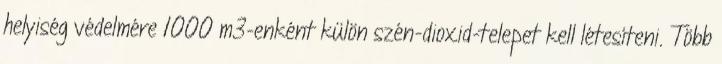
helyiség védelmére 1000 m3-enként külön szén-dioxid-telepet kell létesíteni. Több